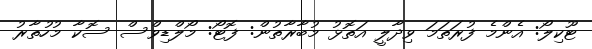
ޓޫކިލޯ: އެންމެ ފުރަތަމަ ވިދާލީ އަތޮޅު މުބާރާތުން: ފޮޓޯ: މޯލްޑިވްސް ސޮކާ މުހުތާރު